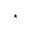
^ { \star }